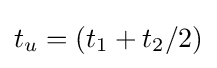
t_{u}=(t_{1}+t_{2}/2)